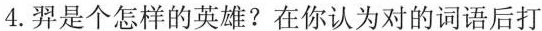
4.羿是个怎样的英雄?在你认为对的词语后打